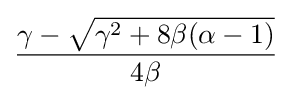
{\frac {\gamma -{\sqrt {\gamma ^{2}+8\beta (\alpha -1)}}}{4\beta }}